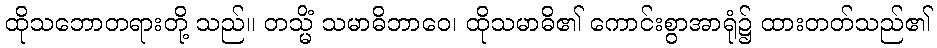
ထိုသဘောတရားတို့ သည်။ တသ္မိံ သမာဓိဘာဝေ၊ ထိုသမာဓိ၏ ကောင်းစွာအာရုံ၌ ထားတတ်သည်၏